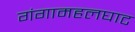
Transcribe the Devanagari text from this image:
गंगामहलघाट